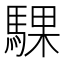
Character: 騍